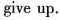
give up.